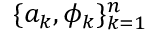
\{ a _ { k } , \phi _ { k } \} _ { k = 1 } ^ { n }